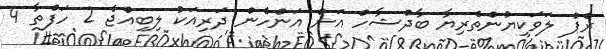
ރެޕް ލަވަކިޔުންތެރިޔާ ބާދްޝާހް އަށް އަންހެން ދަރިއަކު ލިބިއްޖެ 2 ހަފްތާ 4